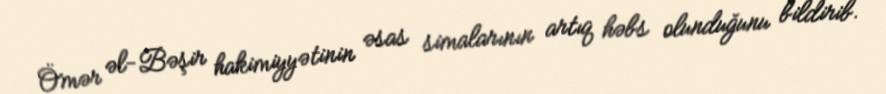
Ömər əl-Bəşir hakimiyyətinin əsas simalarının artıq həbs olunduğunu bildirib.